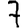
Digit: 7